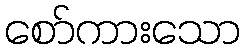
စော်ကားသော